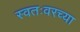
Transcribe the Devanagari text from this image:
स्वतःवरच्या